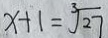
x + 1 = \sqrt [ 3 ] { 2 7 }